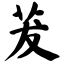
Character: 茇